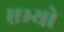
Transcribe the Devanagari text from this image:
एभ्यो